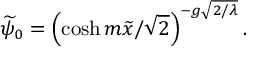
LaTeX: \widetilde { \psi } _ { 0 } = \left( \cosh m \widetilde { x } / \sqrt { 2 } \right) ^ { - g \sqrt { 2 / \lambda } } .